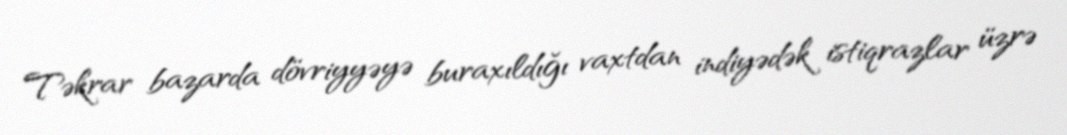
Təkrar bazarda dövriyyəyə buraxıldığı vaxtdan indiyədək istiqrazlar üzrə